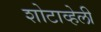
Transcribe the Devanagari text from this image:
शोटाव्हेली